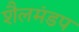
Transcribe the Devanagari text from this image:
शैलमंडप